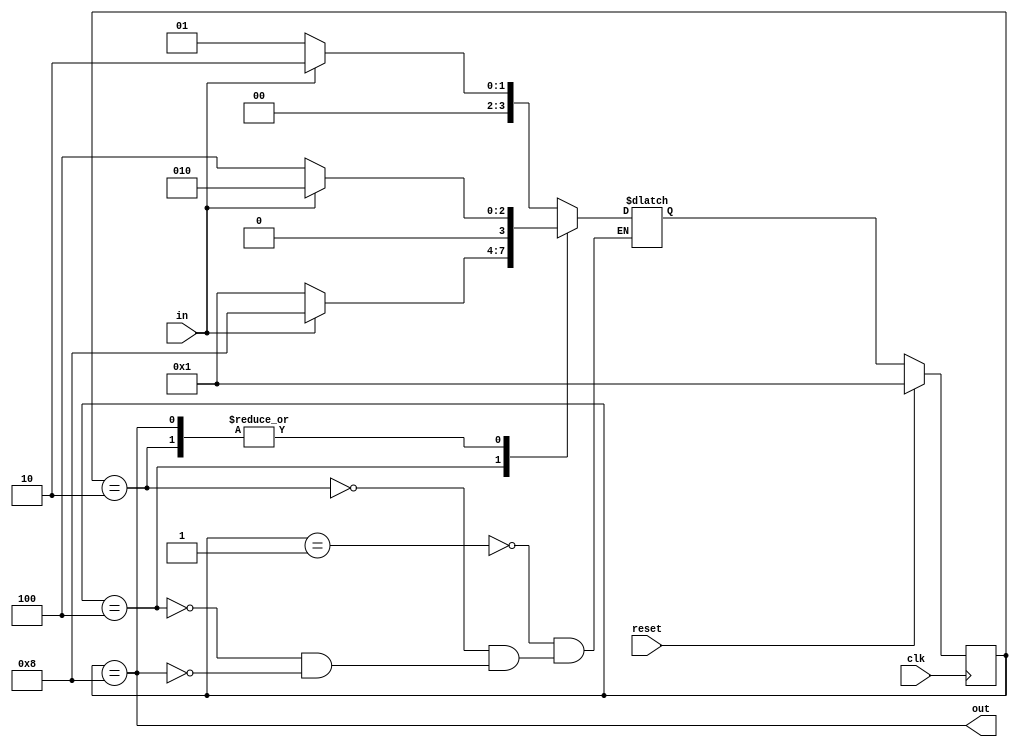
module top_module(
    input clk,
    input in,
    input reset,
    output out); //
	
    reg [3:0] st,nextSt;
    parameter A=4'b0001, B=4'b0010, C=4'b0100, D=4'b1000;
    
    // State transition logic
    always@(*) begin
        case(st)
            A:nextSt=in?B:A;
            B:nextSt=in?B:C;
            C:nextSt=in?D:A;
            D:nextSt=in?B:C;
        endcase
    end

    // State flip-flops with asynchronous reset
    always@(posedge clk) begin
        if(reset)
            st<=A;
        else
            st<=nextSt;
    end

    // Output logic
    assign out=st==D;

endmodule